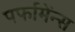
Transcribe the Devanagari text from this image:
पर्फामेंन्स